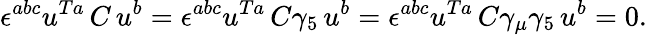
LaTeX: \epsilon^{abc}u^{Ta}\, C\, u^{b}=\epsilon^{abc}u^{Ta}\, C\gamma_{5}\, u^{b}=\epsilon^{abc}u^{Ta}\, C\gamma_{\mu}\gamma_{5}\, u^{b}=0.